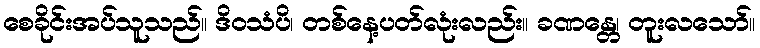
စေခိုင်းအပ်သူသည်။ ဒိဝသံပိ၊ တစ်နေ့ပတ်လုံးလည်း။ ခဏန္တေ၊ တူးလသော်။